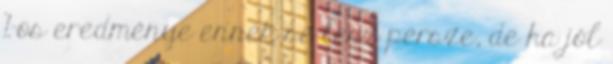
%-os eredménye ennek se lesz persze, de ha jól